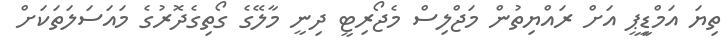
ތިޔަ އަމްޑިީޕީ އަށް ރައްޔިތުން މަޖްލިސް މެޖޯރިޓީ ދިނީ މާލޭގެ ގޯތިގެދޮރުގެ މައަސަލަތަކަށް